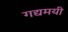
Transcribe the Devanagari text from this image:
गद्यमयी